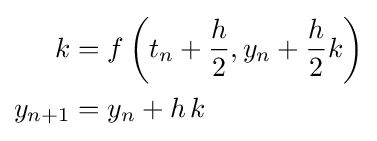
{\begin{aligned}k&=f\left(t_{n}+{\frac {h}{2}},y_{n}+{\frac {h}{2}}k\right)\\y_{n+1}&=y_{n}+h\,k\end{aligned}}